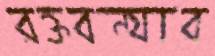
রক্তবন্যার